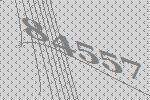
84557